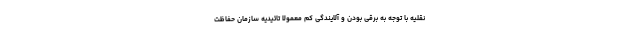
نقلیه با توجه به برقی بودن و آلایندگی کم معمولا تائیدیه سازمان حفاظت